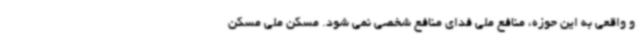
و واقعی به این حوزه، منافع ملی فدای منافع شخصی نمی شود. مسکن ملی مسکن